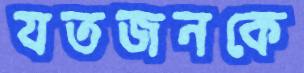
যতজনকে